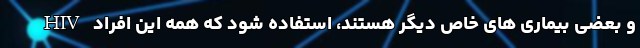
HIV و بعضی بیماری های خاص دیگر هستند، استفاده شود که همه این افراد